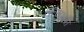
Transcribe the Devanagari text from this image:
सत्यभाषी